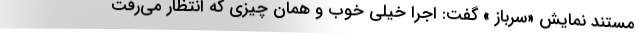
مستند نمایش «سرباز » گفت: اجرا خیلی خوب و همان چیزی که انتظار می‌رفت